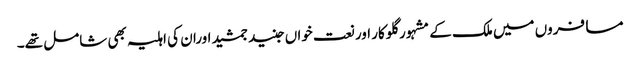
مسافروں میں ملک کے مشہور گلوکار اور نعت خواں جنید جمشید اوران کی اہلیہ بھی شامل تھے۔